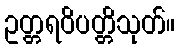
ဥတ္တရဝိပတ္တိသုတ်။